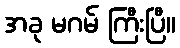
အခု မဂမ် ကြီးပြီ။